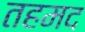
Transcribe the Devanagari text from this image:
तहमद